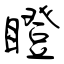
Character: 瞪